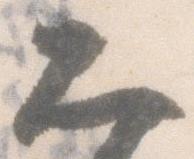
知